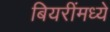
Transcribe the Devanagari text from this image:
बियरींमध्ये